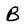
Character: B